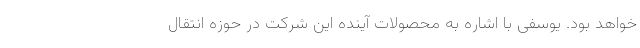
خواهد بود. یوسفی با اشاره به محصولات آینده این شرکت در حوزه انتقال